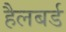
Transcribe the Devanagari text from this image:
हैलबर्ड